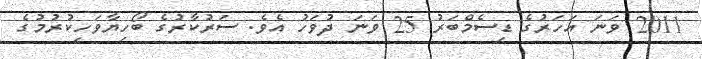
2011 ވަނަ އަހަރުގެ ޑިސެމްބަރު 25 ވަނަ ދުވަހު އެވެ. ސަރުކާރުގެ ބޯހިޔާވަހިކުރުމުގެ